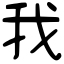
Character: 我